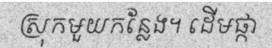
ស្រុកមួយកន្លែង។ ដើមផ្កា